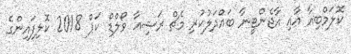
ކޮލަމްބިއާ އާއި އާޖެންޓީނާ ބައްދަލުކުރި މެޗް ރަޝިއާ ވޯލްޑް ކަޕް 2018 ކޮލިފައިންގެ